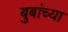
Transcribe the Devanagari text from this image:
बुबांच्या